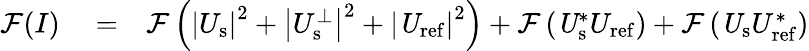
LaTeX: \begin{array}{rlr}{\mathcal{F}(I)}&{{}=}&{\mathcal{F}\left({\left|U_{\mathrm{s}}\right|}^{2}+\left|U_{\mathrm{s}}^{\perp}\right|^{2}+{\left|\mathit U_{\mathrm{ref}}\right|}^{2}\right)+\mathcal{F}\left(\mathit U_{\mathrm{s}}^{\ast}U_{\mathrm{ref}}\right)+\mathcal{F}\left(\mathit U_{\mathrm{s}}U_{\mathrm{ref}}^{\ast}\right)}\end{array}